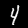
Label: 4